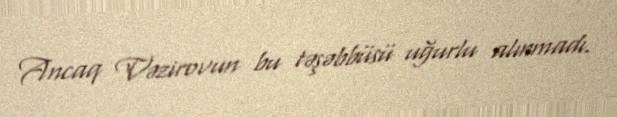
Ancaq Vəzirovun bu təşəbbüsü uğurlu alınmadı.